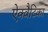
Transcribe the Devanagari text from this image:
ऐक्वैटिका